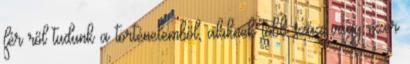
férﬁről tudunk a történelemből, akiknek több száz vagy ezer